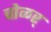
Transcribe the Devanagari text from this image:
चोळर्